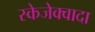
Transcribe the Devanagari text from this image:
स्केजेक्वादा